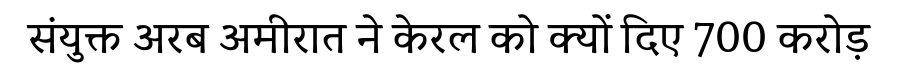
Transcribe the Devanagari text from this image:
संयुक्त अरब अमीरात ने केरल को क्यों दिए 700 करोड़